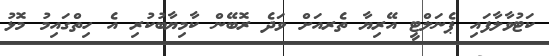
ކަޓުވާލާފައި ޕެނަލްޓީ އޭރިޔާ ތެރއަށް ވަދެ ރޮބޭން ކާމިޔާބުކުރި އެ ހިތްގައިމު މޮޅު